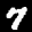
Label: 7